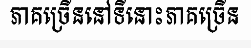
ភាគច្រើននៅទីនោះភាគច្រើន